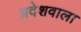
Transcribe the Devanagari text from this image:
प्रदेशवाला